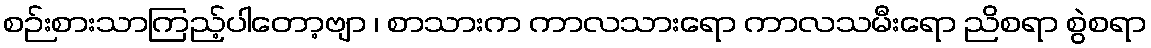
စဉ်းစားသာကြည့်ပါတော့ဗျာ ၊ စာသားက ကာလသားရော ကာလသမီးရော ညိစရာ စွဲစရာ